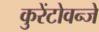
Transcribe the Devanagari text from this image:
कुरेंटोवन्जे